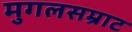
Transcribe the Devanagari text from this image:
मुगलसम्राट